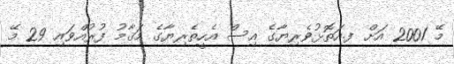
މޭ 2001 އަށް ފ.އަތޮޅުވެރިޔާގެ އިސް އެހީތެރިޔާގެ މަޤާމު ފުރުއްވައި 29 މޭ